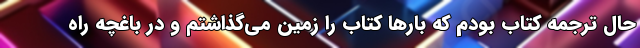
حال ترجمه کتاب بودم که بارها کتاب را زمین می‌گذاشتم و در باغچه راه